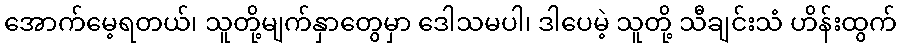
အောက်မေ့ရတယ်၊ သူတို့မျက်နှာတွေမှာ ဒေါသမပါ၊ ဒါပေမဲ့ သူတို့ သီချင်းသံ ဟိန်းထွက်